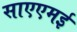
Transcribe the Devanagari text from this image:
साएएमई